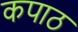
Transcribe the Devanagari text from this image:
कपाठ